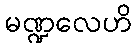
မဏ္ဍလေဟိ